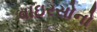
વાઇરસોનો